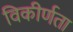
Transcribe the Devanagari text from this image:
विकीर्णता